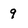
Character: 9